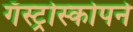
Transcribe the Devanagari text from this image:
गॅस्ट्रोस्कोपने